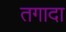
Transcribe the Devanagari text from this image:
तगादा